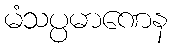
မံသပ္ပမာဏေန